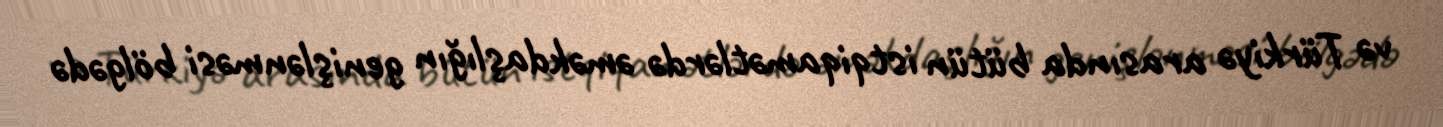
və Türkiyə arasında bütün istqiqamətlərdə əməkdaşlığın genişlənməsi bölgədə